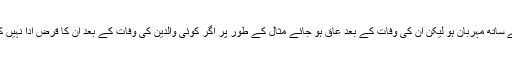
ممکن ہے کوئی والدین کی زندگی میں ان کے ساتھ مہربان ہو لیکن ان کی وفات کے بعد عاق ہو جائے مثال کے طور پر اگر کوئی والدین کی وفات کے بعد ان کا قرض ادا نہیں کرتا اور ان کے لئے طلب مغفرت نہیں کرتا۔